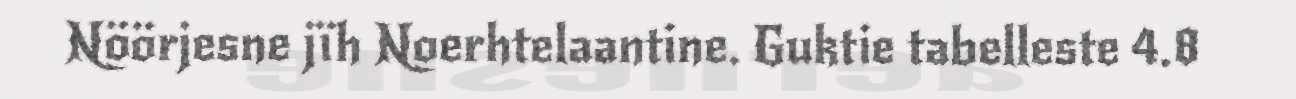
Nöörjesne jïh Noerhtelaantine. Guktie tabelleste 4.8